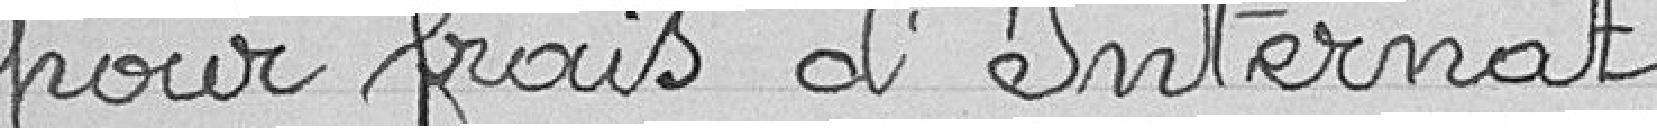
pour frais d'internat